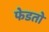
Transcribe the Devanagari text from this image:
फेडतो